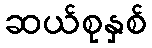
ဆယ်စုနှစ်